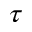
\tau